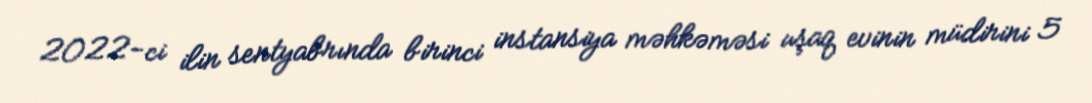
2022-ci ilin sentyabrında birinci instansiya məhkəməsi uşaq evinin müdirini 5